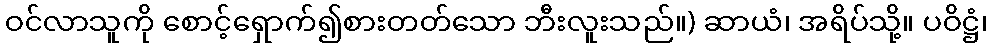
ဝင်လာသူကို စောင့်ရှောက်၍စားတတ်သော ဘီးလူးသည်။) ဆာယံ၊ အရိပ်သို့။ ပဝိဋ္ဌံ၊